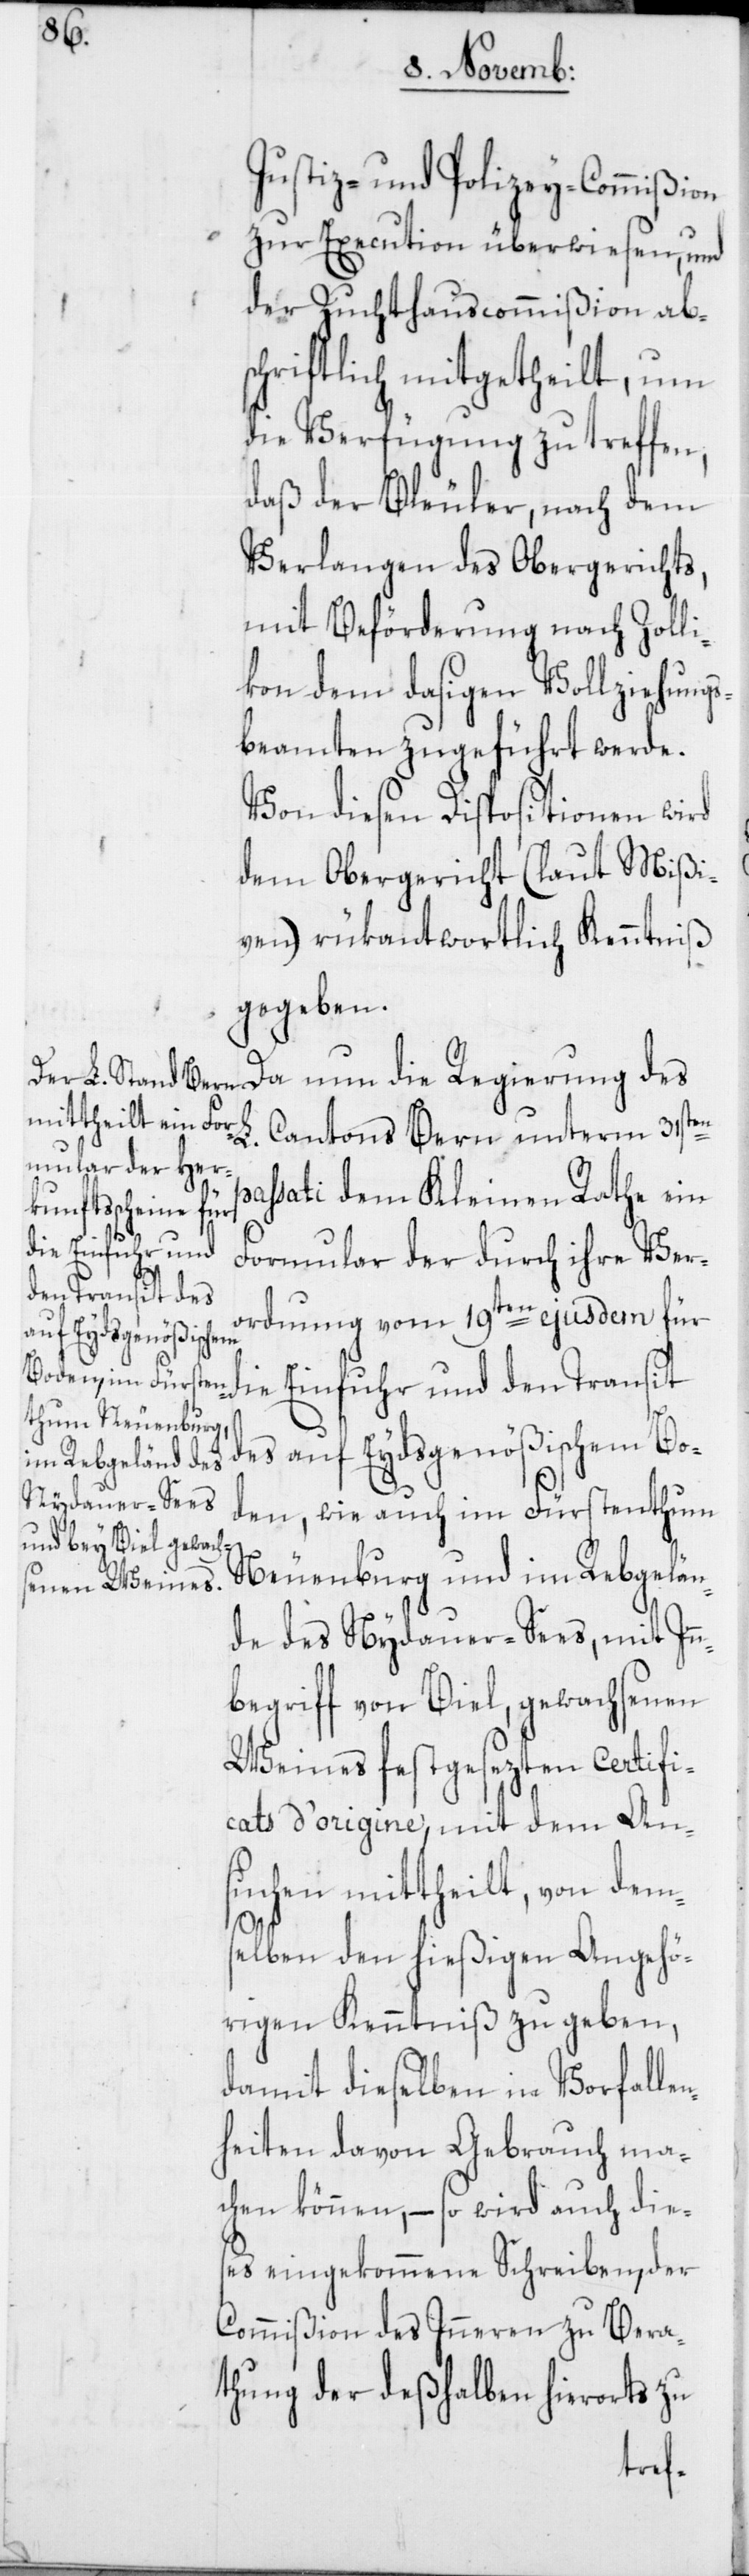
Justiz- und Polizey-Commißion
zur Execution überwiesen, und
der Zuchthauscommißion abs¬
chriftlich mitgetheilt, um
die Verfügung zu treffen,
daß der Bleuler, nach dem
Verlangen des Obergerichts,
mit Beförderung nach Zolli¬
kon dem dasigen Vollziehungs¬
beamten zugeführt werde.
Von diesen Dispositionen wird
dem Obergericht (laut Mißi¬
ven) rükantwortlich Kenntniß
gegeben.
Da nun die Regierung des
L. Cantons Bern unterm 31sten
ssati dem kleinen Rathe ein
Formular der durch ihre Ver¬
ordnung vom 19ten ejusdem für
die Einfuhr und den Transit
des auf Eydsgenößischem Bo¬
den, wie auch im Fürstenthum
Neuenburg und im Rebgelän¬
de des Nydauer-Sees, mit In¬
nbegriff von Biel, gewachsenen
Weines festgesezten Certifi¬
cats d’origine, mit dem An¬
suchen mittheilt, von dem¬
pa¬
selben den hießigen Angehö¬
rigen Kenntniß zu geben,
damit dieselben in Vorfalle¬
nheiten davon Gebrauch ma¬
chen können, – so wird auch die¬
ses eingekommene Schreiben, der
Commißion des Inneren zu Bera¬
thung der deßhalben hierorts zu